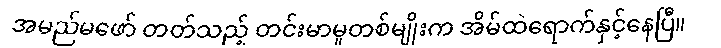
အမည်မဖော် တတ်သည့် တင်းမာမှုတစ်မျိုးက အိမ်ထဲရောက်နှင့်နေပြီ။